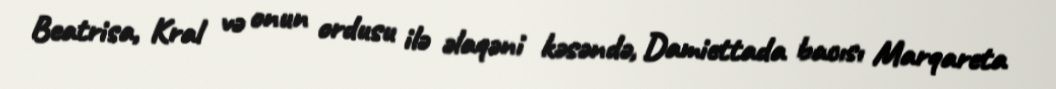
Beatrisa, Kral və onun ordusu ilə əlaqəni kəsəndə, Damiettada bacısı Marqareta